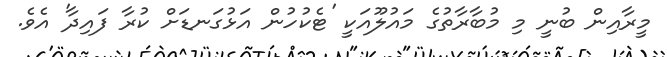
މީރާއިން ބުނީ މި މުބާރާތުގެ މައުލޫއަކީ 'ޓެކުހުން އަޅުގަނޑަށް ކުރާ ފައިދާ' އެވެ.